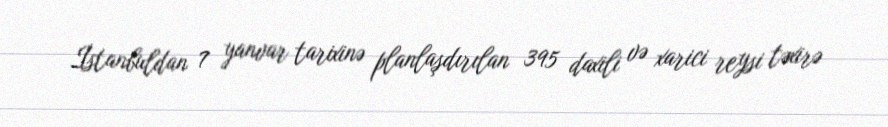
İstanbuldan 7 yanvar tarixinə planlaşdırılan 395 daxili və xarici reysi təxirə